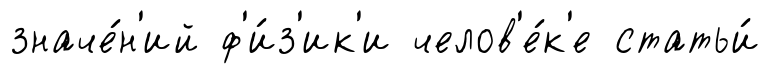
значе́н'ий ф'и́з'ик'и челов'е́к'е статьи́